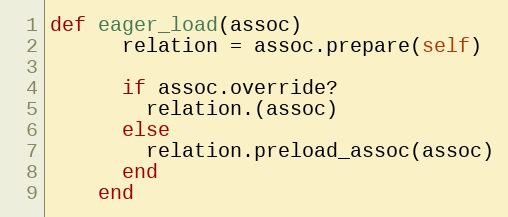
Language: Ruby
def eager_load(assoc)
      relation = assoc.prepare(self)

      if assoc.override?
        relation.(assoc)
      else
        relation.preload_assoc(assoc)
      end
    end